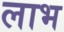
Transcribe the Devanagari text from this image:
लाभ